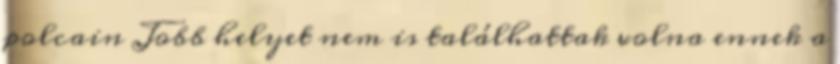
polcain Jobb helyet nem is találhattak volna ennek a